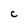
Character: C